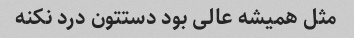
مثل همیشه عالی بود دستتون درد نکنه